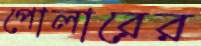
পোলারের